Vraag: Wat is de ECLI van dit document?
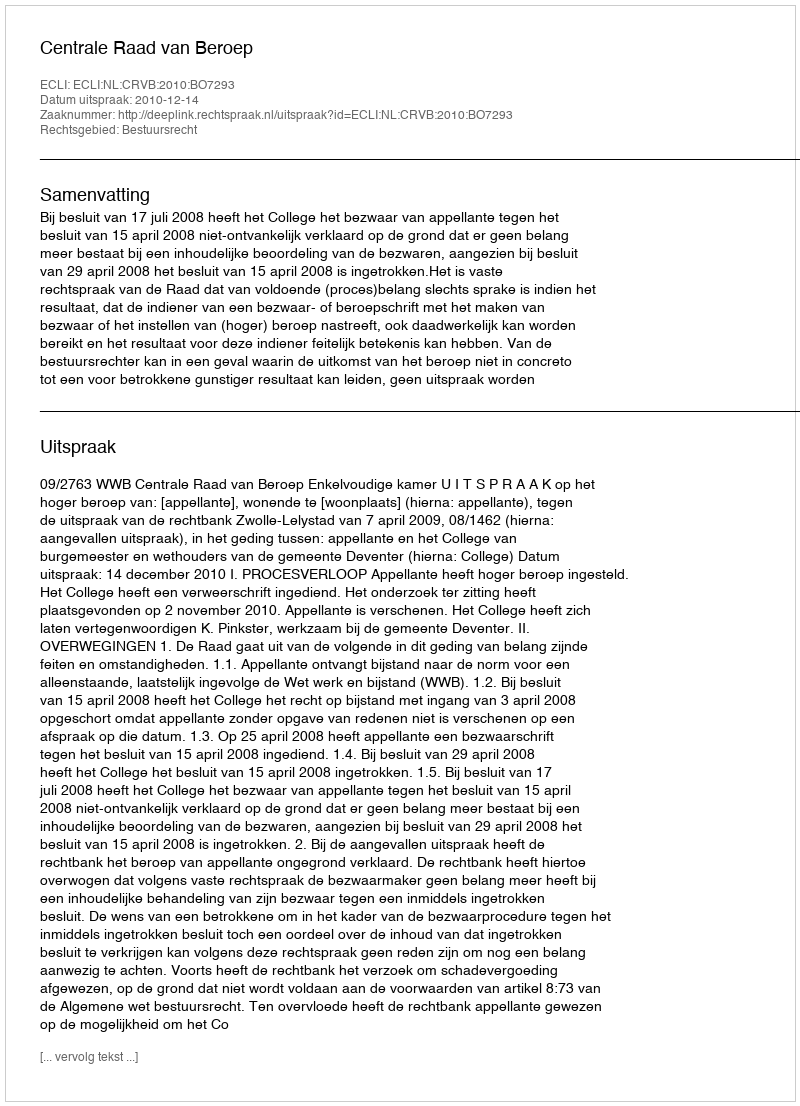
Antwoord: ECLI:NL:CRVB:2010:BO7293